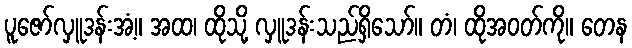
ပူဇော်လှူဒန်းအံ့။ အထ၊ ထိုသို့ လှူဒန်းသည်ရှိသော်။ တံ၊ ထိုအဝတ်ကို။ တေန